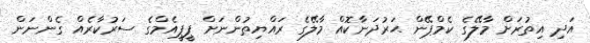
އަދި އިތުރަށް މާލޭގެ ކެމްޕޭން ޙަރުދަނާކޮއް މާލޭގެ ރައްޔިތުންނަށް ޕީޕީއެމްގެ ސަރުކާރެއް ގެންނަން